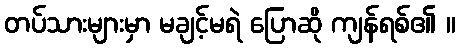
တပ်သားများမှာ မချင့်မရဲ ပြောဆို ကျန်ရစ်၏ ။